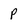
Character: P